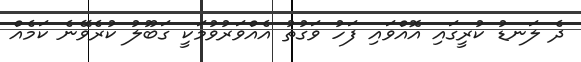
ދެ ލަނޑު ކުރީގައި އޮއްވައި ފަހު ވަގުތު އެއްވަރުވުމަކީ ގަބޫލު ކުރެވޭނެ ކަމެއް